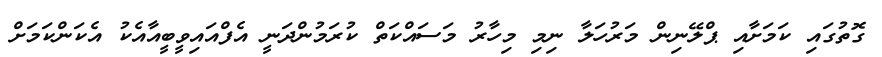
ގޮތުގައި ކަމަށާއި ޕްލޭނިން މަރުހަލާ ނިމި މިހާރު މަސައްކަތް ކުރަމުންދަނީ އެފްއައިވީބީއާއެކު އެކަންކަމަށް